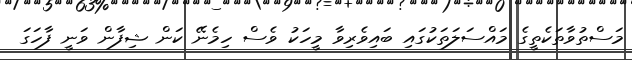
މަސްތުވާތަކެތީގެ މައްސަލަތަކުގައި ބައިވެރިވާ މީހަކު ވެސް ހިމެނޭ ކަން ޝިފާން ވަނީ ފާހަގަ